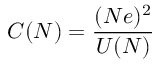
C ( N ) = { \frac { ( N e ) ^ { 2 } } { U ( N ) } }